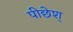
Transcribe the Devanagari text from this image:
पीछेश्